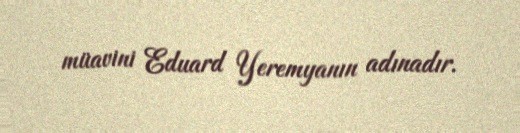
müavini Eduard Yeremyanın adınadır.